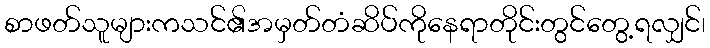
စာဖတ်သူများကသင်၏အမှတ်တံဆိပ်ကိုနေရာတိုင်းတွင်တွေ့ရလျှင်၊